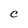
Character: C